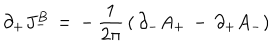
\partial _ { + } J _ { - } ^ { B } \, = \, - \, { \frac { 1 } { 2 \pi } } \, ( \, \partial _ { - } A _ { + } \, - \, \partial _ { + } A _ { - } )